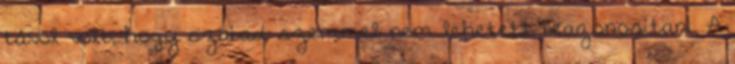
távol volt, hogy szabad szemmel nem lehetett beazonosítani. A